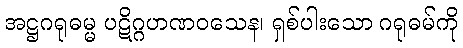
အဋ္ဌဂရုဓမ္မ ပဋိဂ္ဂဟဏဝသေန၊ ရှစ်ပါးသော ဂရုဓမ်ကို